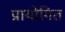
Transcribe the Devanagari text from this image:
प्रायोगित